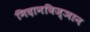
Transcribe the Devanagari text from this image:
निदानविज्ञान